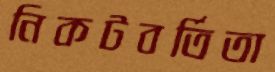
নিকটবর্তিতা